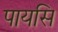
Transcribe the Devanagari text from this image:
पायसि